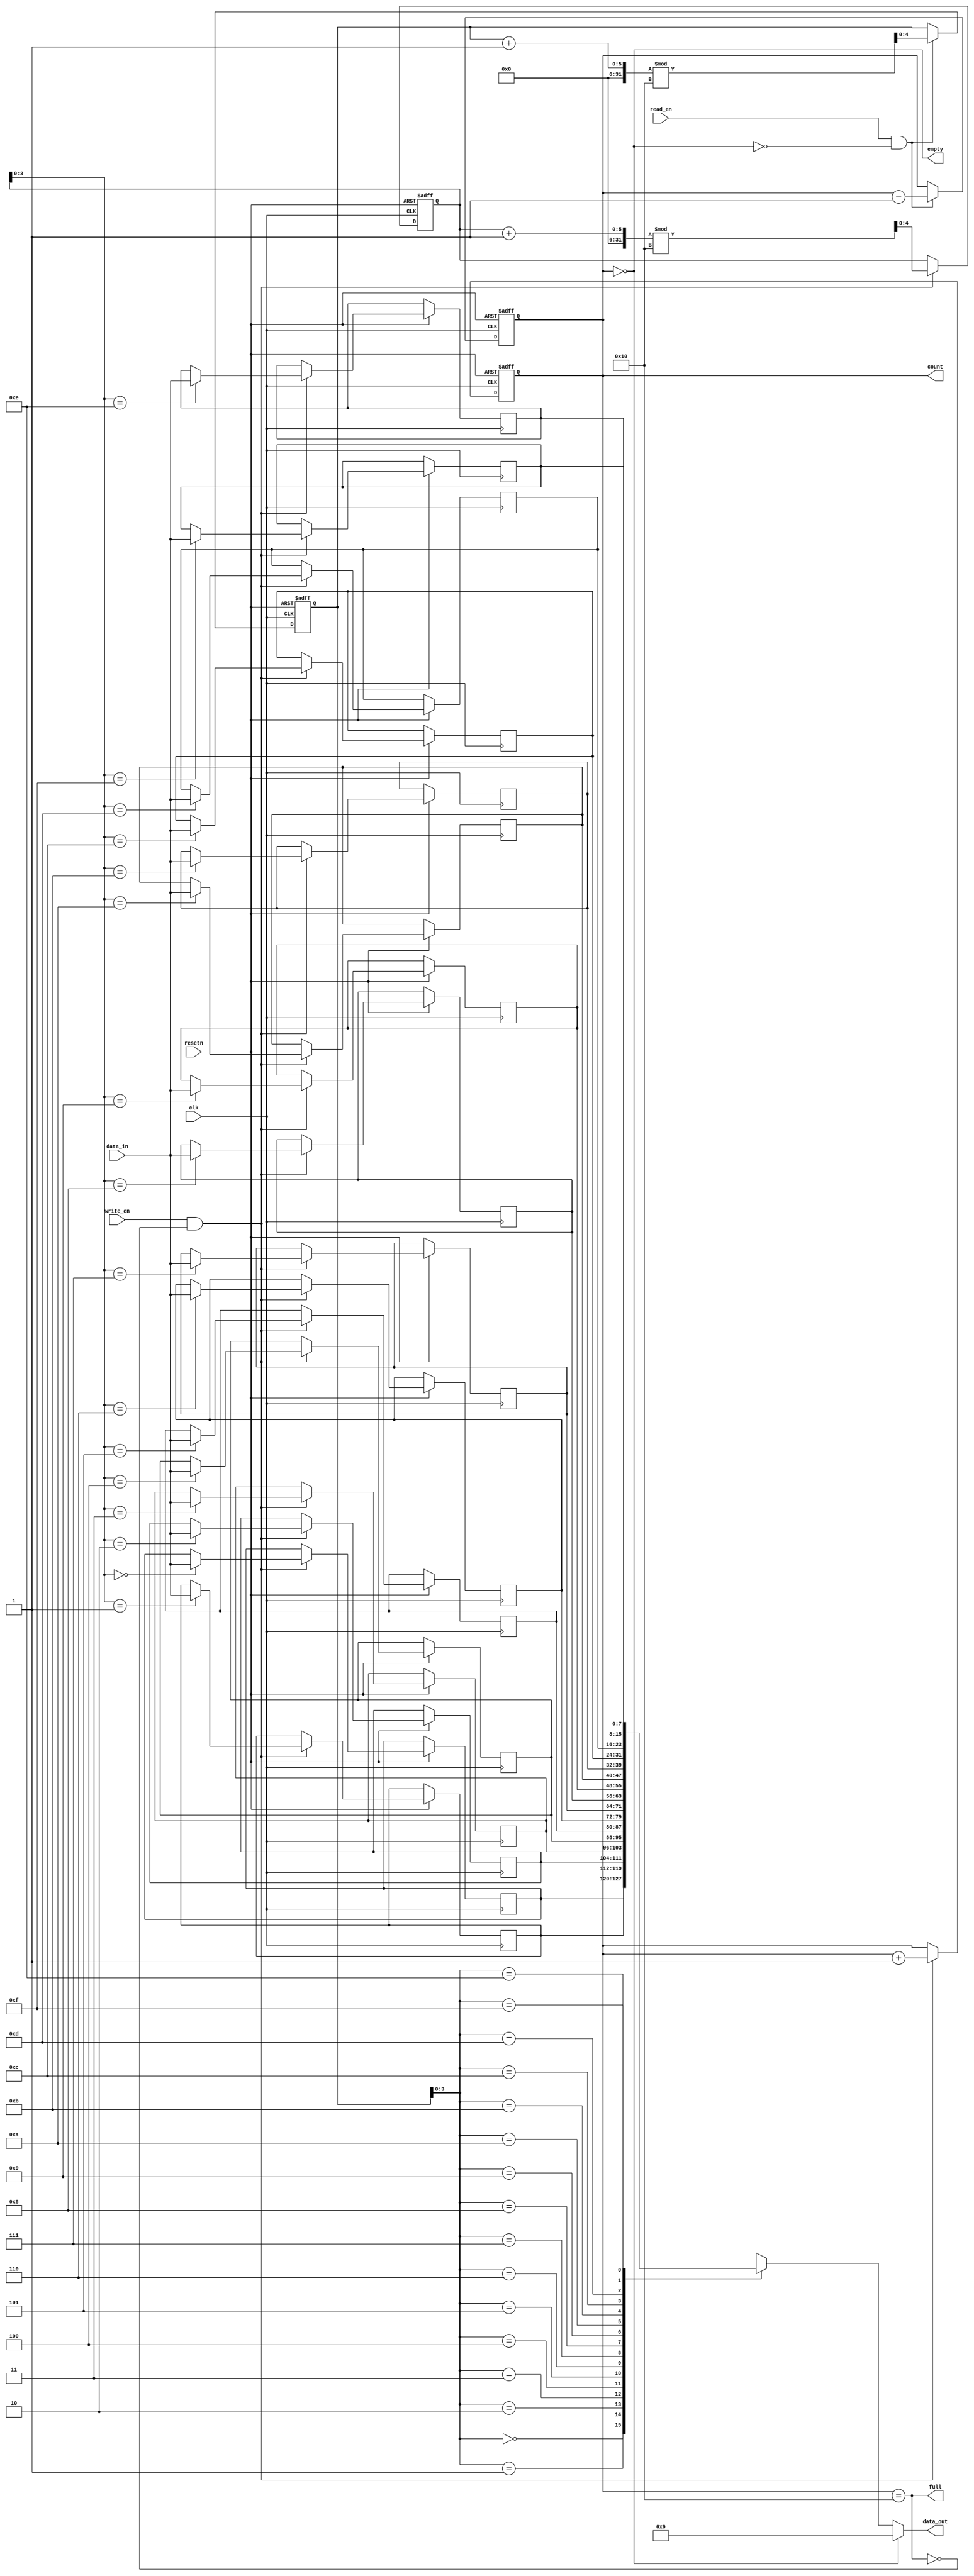
module parameterized_fifo #(
    parameter DATA_WIDTH = 8,     // Width of each data entry
    parameter FIFO_DEPTH = 16      // Number of entries in the FIFO
) (
    input wire clk,                // Clock signal
    input wire resetn,            // Asynchronous reset (active low)
    input wire write_en,          // Write enable signal
    input wire read_en,           // Read enable signal
    input wire [DATA_WIDTH-1:0] data_in, // Data input
    output wire [DATA_WIDTH-1:0] data_out, // Data output
    output wire full,             // Full status flag
    output wire empty,            // Empty status flag
    output wire [4:0] count       // Current count of entries in FIFO
);

    // Internal signals
    reg [DATA_WIDTH-1:0] fifo_mem [0:FIFO_DEPTH-1]; // Memory array
    reg [4:0] write_ptr = 0;                        // Write pointer
    reg [4:0] read_ptr = 0;                         // Read pointer
    reg [4:0] entry_count = 0;                      // Counter for the number of entries

    // Assign status signals
    assign full = (entry_count == FIFO_DEPTH);     // FIFO full condition
    assign empty = (entry_count == 0);              // FIFO empty condition
    assign data_out = (empty) ? {DATA_WIDTH{1'b0}} : fifo_mem[read_ptr]; // Output data if not empty
    assign count = entry_count;                     // Current count output

    // Write operation
    always @(posedge clk or negedge resetn) begin
        if (!resetn) begin
            write_ptr <= 0;
            entry_count <= 0;
        end else if (write_en && !full) begin
            fifo_mem[write_ptr] <= data_in;          // Store data
            write_ptr <= (write_ptr + 1) % FIFO_DEPTH; // Increment and wrap pointer
            entry_count <= entry_count + 1;          // Increment entry count
        end
    end

    // Read operation
    always @(posedge clk or negedge resetn) begin
        if (!resetn) begin
            read_ptr <= 0;
            entry_count <= 0;  
        end else if (read_en && !empty) begin
            read_ptr <= (read_ptr + 1) % FIFO_DEPTH; // Increment and wrap pointer
            entry_count <= entry_count - 1;          // Decrement entry count
        end
    end

endmodule